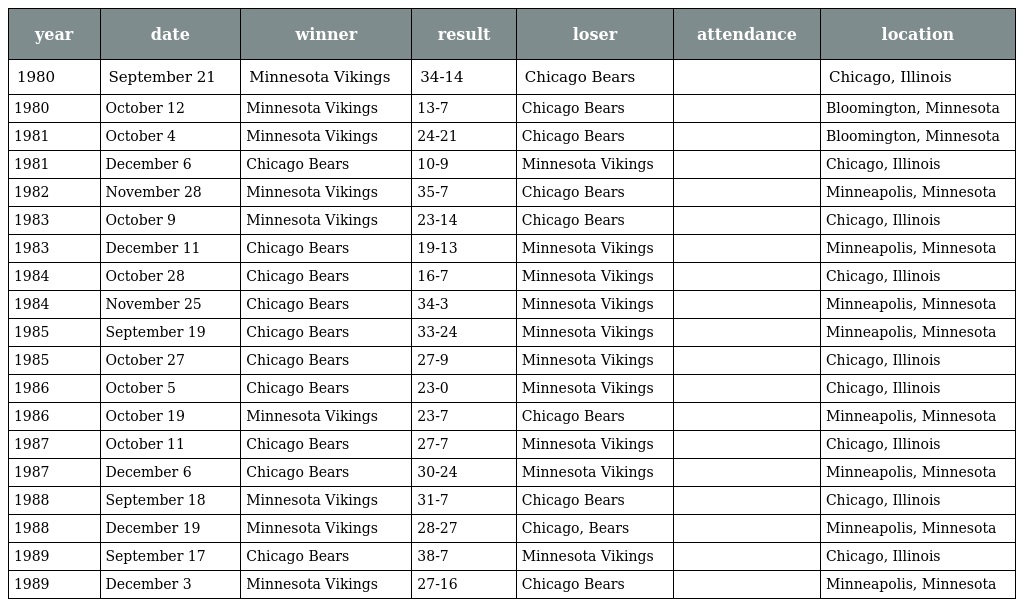
| year | date | winner | result | loser | attendance | location |
 | --- | --- | --- | --- | --- | --- | --- |
 | 1980 | September 21 | Minnesota Vikings | 34-14 | Chicago Bears |  | Chicago, Illinois |
 | 1980 | October 12 | Minnesota Vikings | 13-7 | Chicago Bears |  | Bloomington, Minnesota |
 | 1981 | October 4 | Minnesota Vikings | 24-21 | Chicago Bears |  | Bloomington, Minnesota |
 | 1981 | December 6 | Chicago Bears | 10-9 | Minnesota Vikings |  | Chicago, Illinois |
 | 1982 | November 28 | Minnesota Vikings | 35-7 | Chicago Bears |  | Minneapolis, Minnesota |
 | 1983 | October 9 | Minnesota Vikings | 23-14 | Chicago Bears |  | Chicago, Illinois |
 | 1983 | December 11 | Chicago Bears | 19-13 | Minnesota Vikings |  | Minneapolis, Minnesota |
 | 1984 | October 28 | Chicago Bears | 16-7 | Minnesota Vikings |  | Chicago, Illinois |
 | 1984 | November 25 | Chicago Bears | 34-3 | Minnesota Vikings |  | Minneapolis, Minnesota |
 | 1985 | September 19 | Chicago Bears | 33-24 | Minnesota Vikings |  | Minneapolis, Minnesota |
 | 1985 | October 27 | Chicago Bears | 27-9 | Minnesota Vikings |  | Chicago, Illinois |
 | 1986 | October 5 | Chicago Bears | 23-0 | Minnesota Vikings |  | Chicago, Illinois |
 | 1986 | October 19 | Minnesota Vikings | 23-7 | Chicago Bears |  | Minneapolis, Minnesota |
 | 1987 | October 11 | Chicago Bears | 27-7 | Minnesota Vikings |  | Chicago, Illinois |
 | 1987 | December 6 | Chicago Bears | 30-24 | Minnesota Vikings |  | Minneapolis, Minnesota |
 | 1988 | September 18 | Minnesota Vikings | 31-7 | Chicago Bears |  | Chicago, Illinois |
 | 1988 | December 19 | Minnesota Vikings | 28-27 | Chicago, Bears |  | Minneapolis, Minnesota |
 | 1989 | September 17 | Chicago Bears | 38-7 | Minnesota Vikings |  | Chicago, Illinois |
 | 1989 | December 3 | Minnesota Vikings | 27-16 | Chicago Bears |  | Minneapolis, Minnesota |